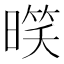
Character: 𣉧